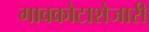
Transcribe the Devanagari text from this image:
गावकोटाशेजारी